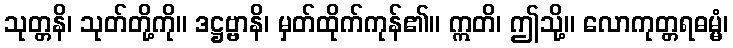
သုတ္တနိ၊ သုတ်တို့ကို။ ဒဋ္ဌဗ္ဗာနိ၊ မှတ်ထိုက်ကုန်၏။ ဣတိ၊ ဤသို့။ လောကုတ္တရဓမ္မံ၊